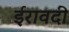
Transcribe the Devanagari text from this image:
ईरावदी